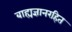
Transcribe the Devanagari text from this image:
बाह्यज्ञानरहित